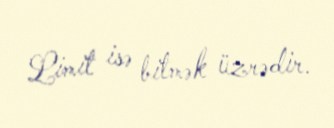
Limit isə bitmək üzrədir.